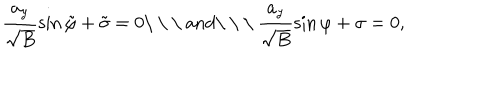
\frac { a _ { y } } { \sqrt B } \sin \tilde { \varphi } + \tilde { \sigma } = 0 \mathrm { \ \ \ a n d \ \ \ } \frac { a _ { y } } { \sqrt B } \sin \varphi + \sigma = 0 ,